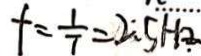
f = \frac { 1 } { 7 } = 2 . 5 H 2 _ { \cdot }